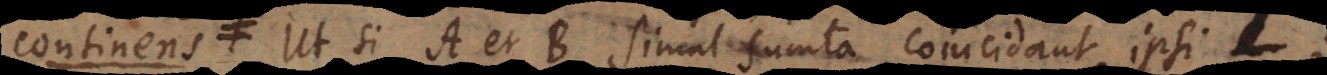
alteri. Ut si A et B simul sumta coincidant ipsi L;